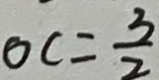
o c = \frac { 3 } { 2 }